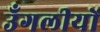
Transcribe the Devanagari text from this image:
उँगलीयों